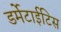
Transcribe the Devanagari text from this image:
डर्मेटाईटिस